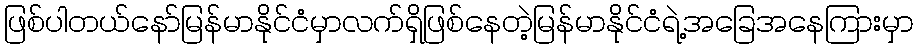
ဖြစ်ပါတယ်နော်မြန်မာနိုင်ငံမှာလက်ရှိဖြစ်နေတဲ့မြန်မာနိုင်ငံရဲ့အခြေအနေကြားမှာ